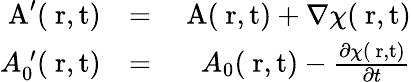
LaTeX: \begin{array}{rlr}{\mathrm{\mathbf~A}^{\prime}(\mathrm{{\mathbf~r},t})}&{=}&{\mathrm{\mathbf~A}(\mathrm{{\mathbf~r},t})+\nabla\chi(\mathrm{{\mathbf~r},t})}\\ {A_{0}^{\; \prime}(\mathrm{{\mathbf~r},t})}&{=}&{A_{0}(\mathrm{{\mathbf~r},t})-\frac{\partial\chi(\mathrm{{\mathbf~r},t})}{\partial t}}\end{array}